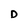
Character: D